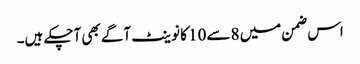
اس ضمن میں 8 سے10 کا نوینٹ آگے بھی آچکے ہیں۔